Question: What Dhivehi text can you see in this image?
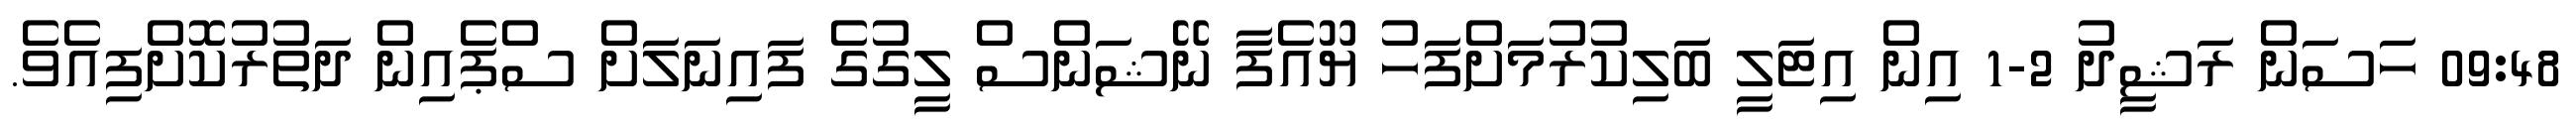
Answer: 09:48 ހަސަން ރަޝީދު 2-1 އިން އިޓަލީ ބަލިކުރުމަށްފަހު ޔޫއެފާ ނޭޝަންސް ލީގުގެ ފައިނަލަށް ސްޕެއިން ދަތުރުކޮށްފިއެވެ.